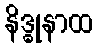
နိဒ္ဓုနာထ